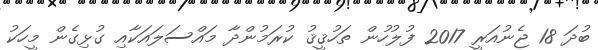
ބުދަ 18 ޖެނުއަރީ 2017 ފުލުހުން ތަހުޤީޤު ކުރަމުންދާ މައްސަލައަކާއި ގުޅިގެން މީހަކު